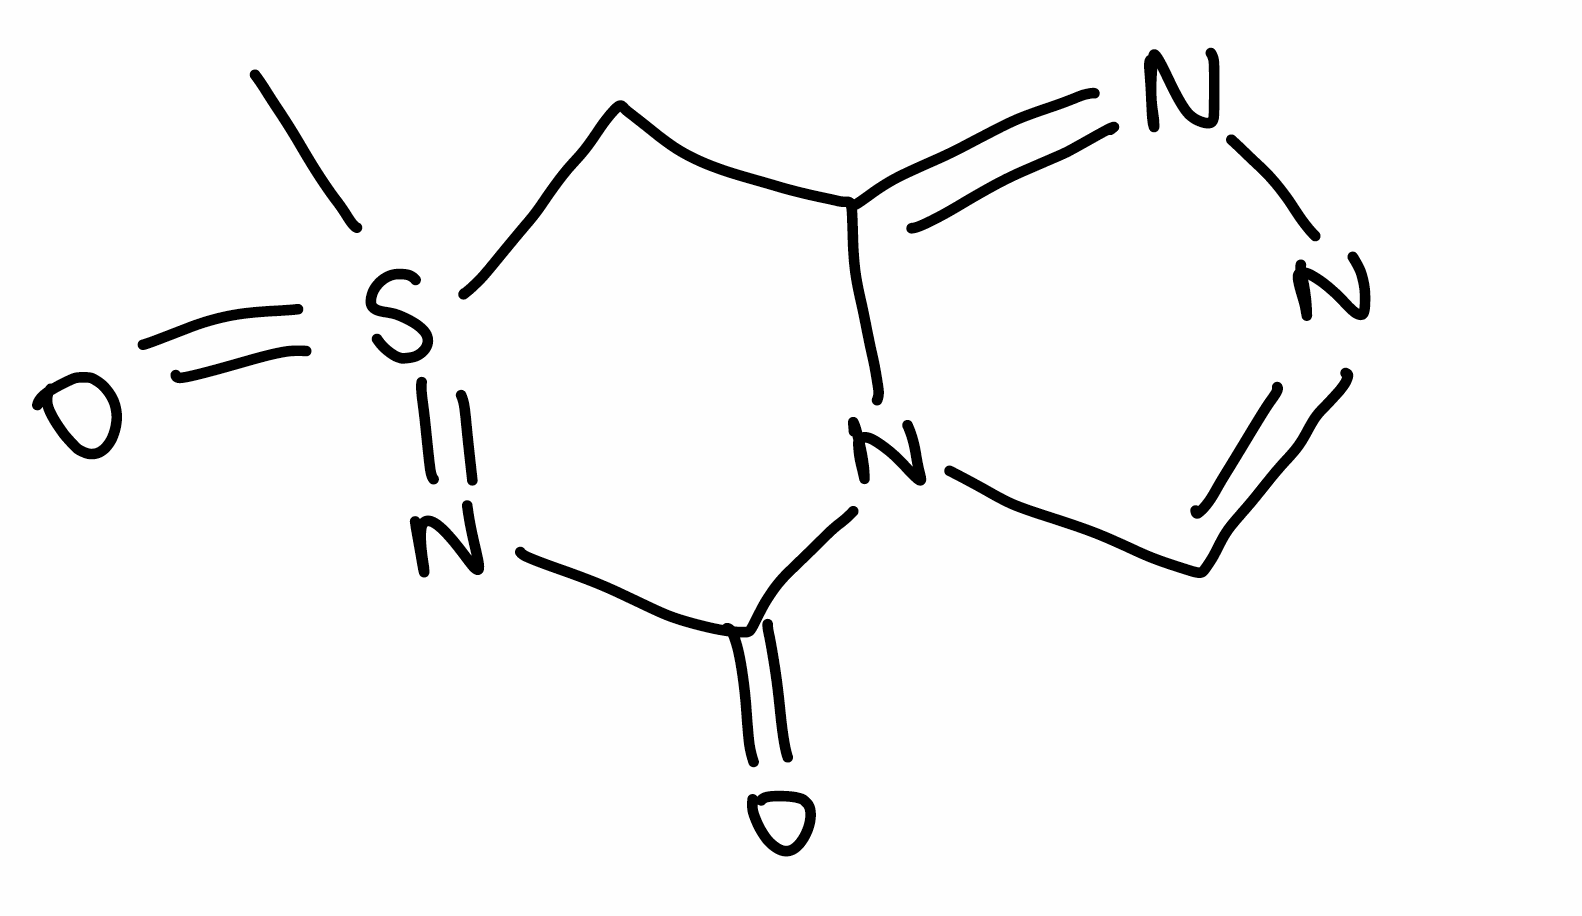
Simplified molecular-input line-entry system (SMILES) notation of the given molecule:
CS1(=NC(=O)N2C=NN=C2C1)=O